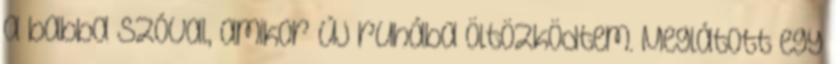
a babba szóval, amikor új ruhába öltözködtem. Meglátott egy